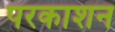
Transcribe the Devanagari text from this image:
परकाशन